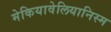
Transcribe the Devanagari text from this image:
मेकियावेलियानिस्म